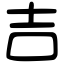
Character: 吉